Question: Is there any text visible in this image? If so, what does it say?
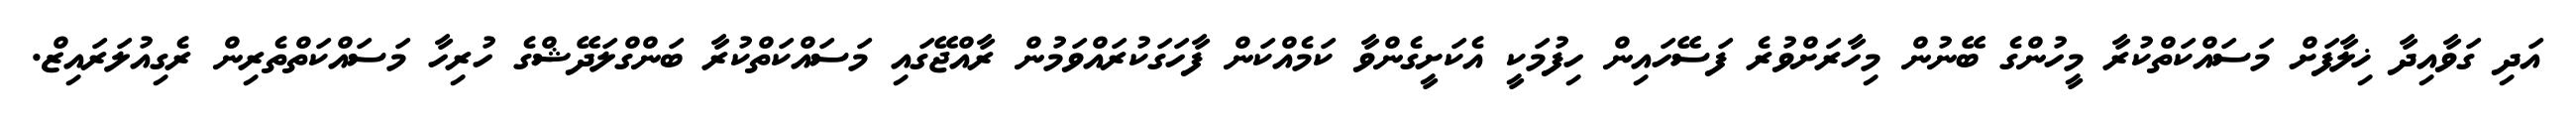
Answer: އަދި ގަވާއިދާ ޚިލާފަށް މަސައްކަތްކުރާ މީހުންގެ ބޭނުން މިހާރަށްވުރެ ފަސޭހައިން ހިފުމަކީ އެކަށީގެންވާ ކަމެއްކަން ފާހަގަކުރައްވަމުން ރާއްޖޭގައި މަސައްކަތްކުރާ ބަންގްލަދޭޝްގެ ހުރިހާ މަސައްކަތްތެރިން ރެގިއުލަރައިޒް.